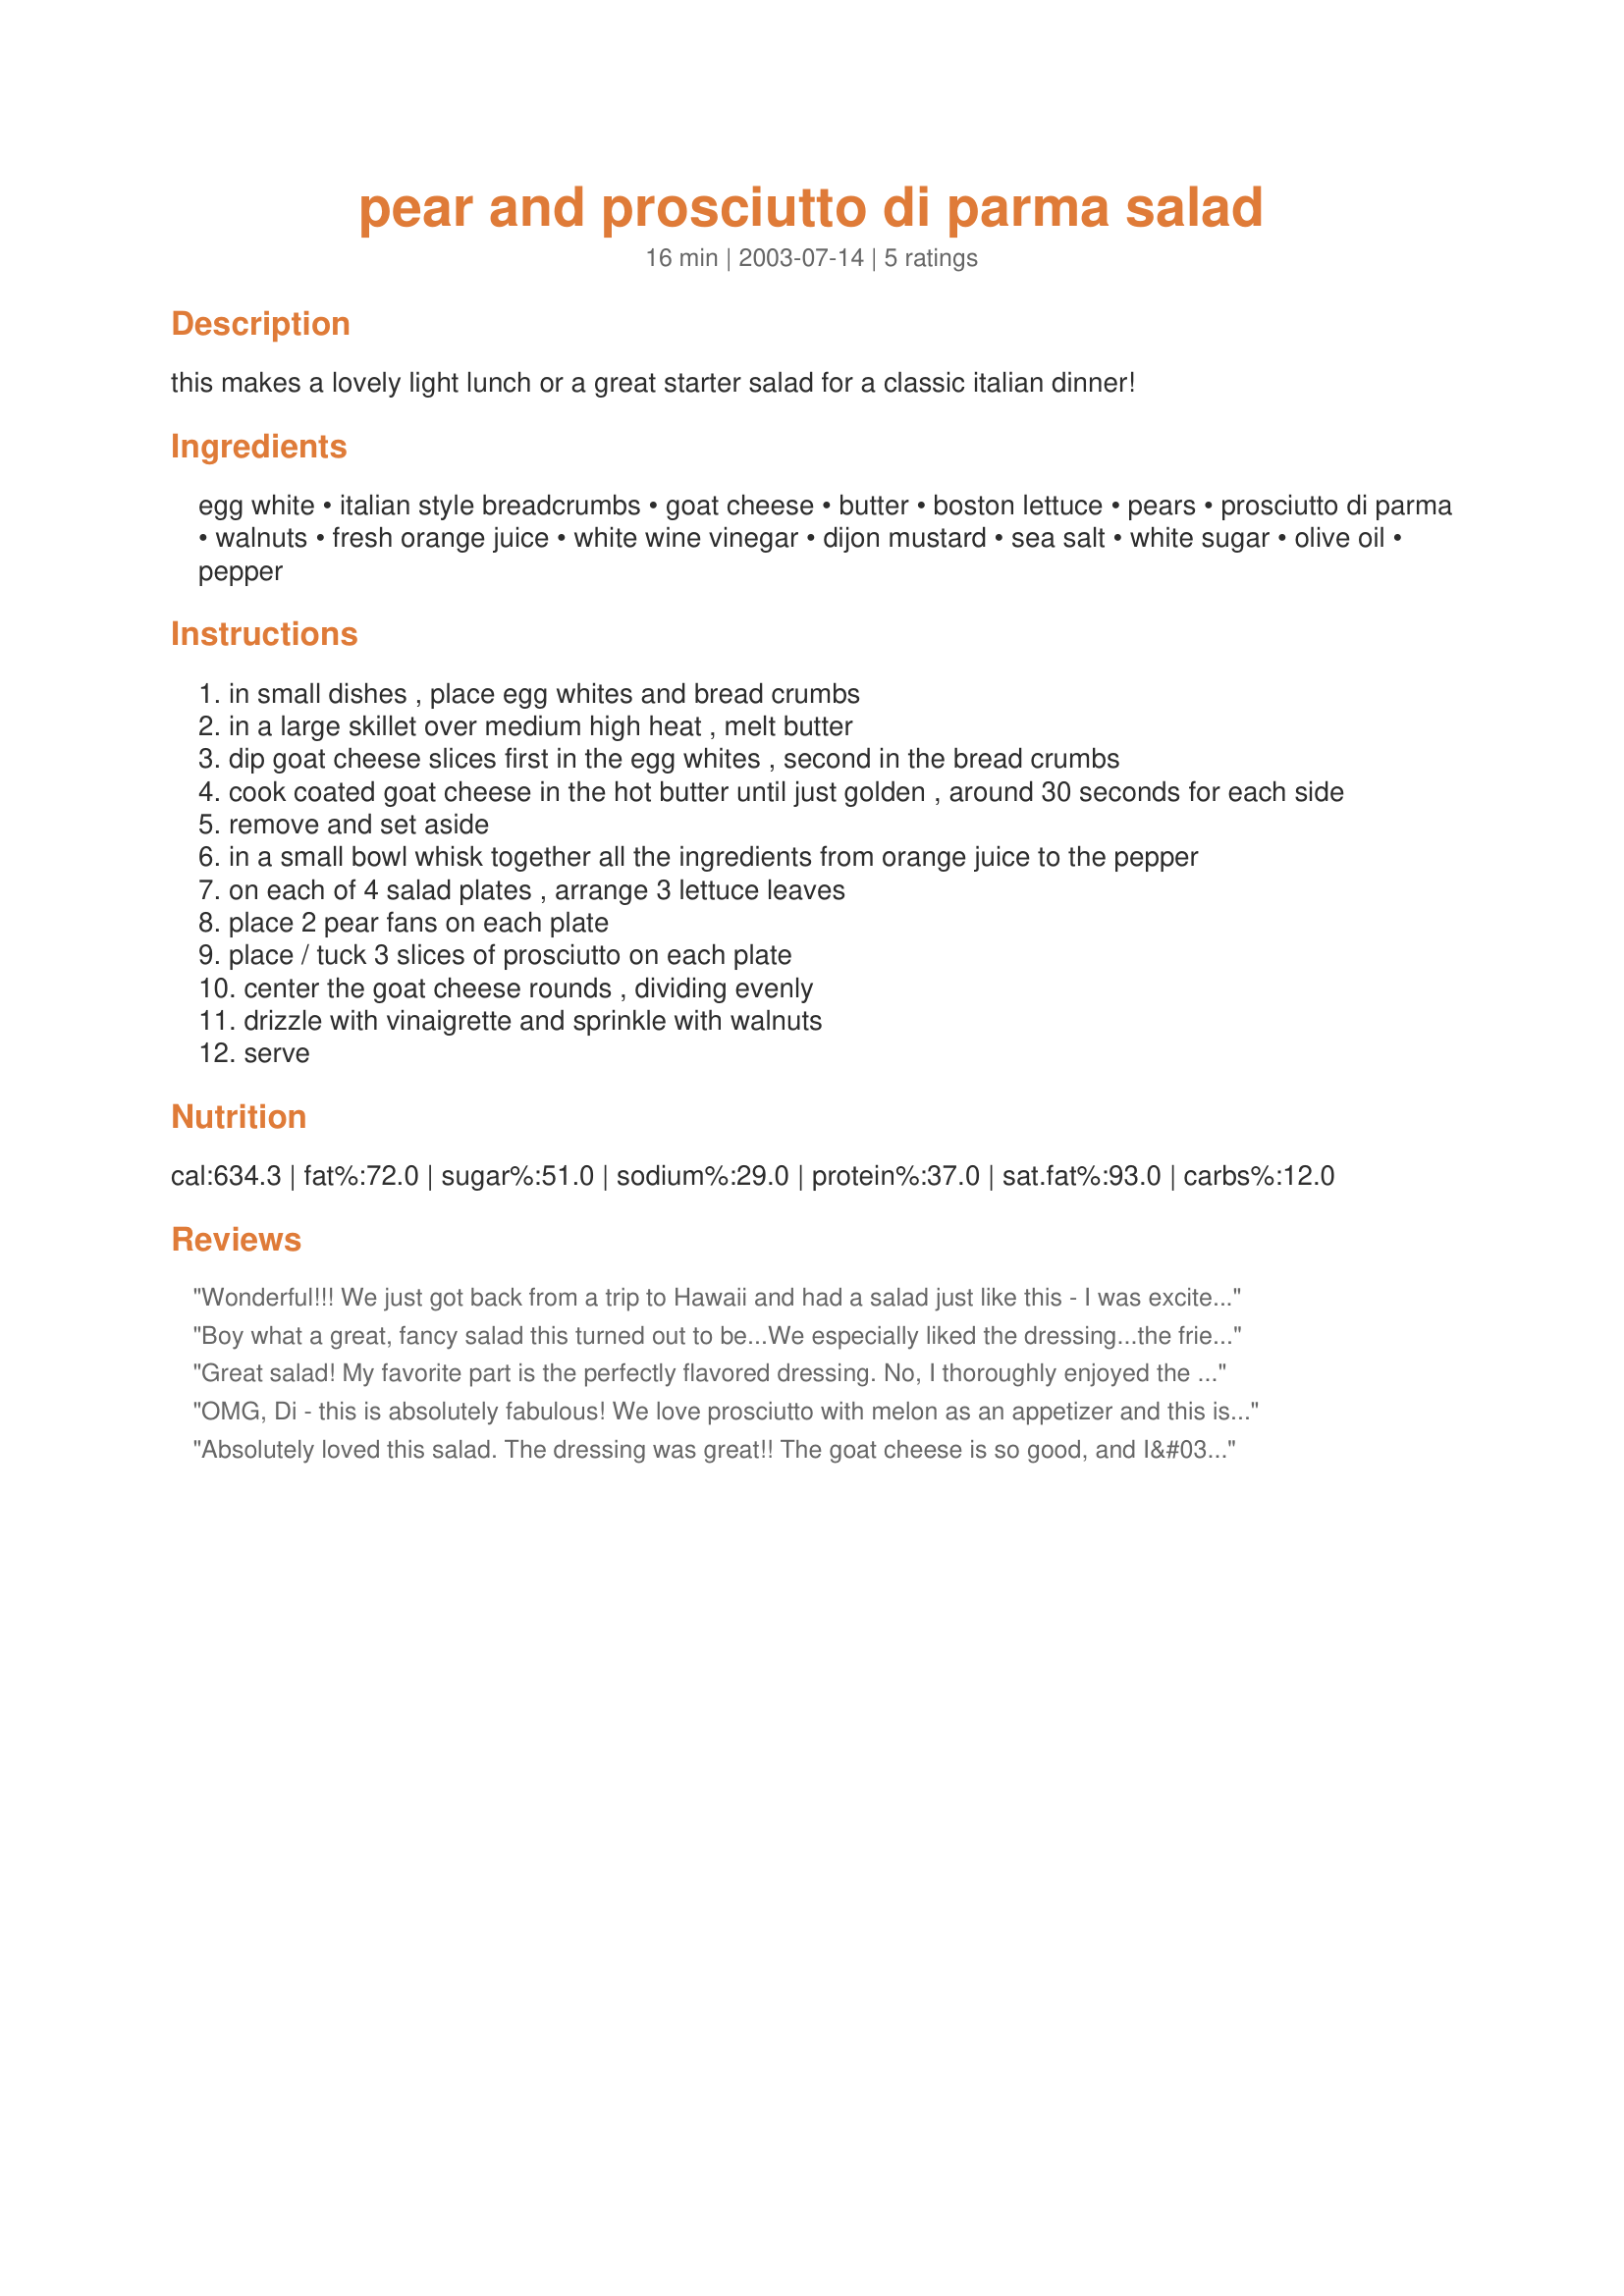
pear and prosciutto di parma salad
Preparation time: 16 minutes

this makes a lovely light lunch or a great starter salad for a classic italian dinner!

Ingredients:
egg white, italian style breadcrumbs, goat cheese, butter, boston lettuce, pears, prosciutto di parma, walnuts, fresh orange juice, white wine vinegar, dijon mustard, sea salt, white sugar, olive oil, pepper

Steps:
in small dishes , place egg whites and bread crumbs
in a large skillet over medium high heat , melt butter
dip goat cheese slices first in the egg whites , second in the bread crumbs
cook coated goat cheese in the hot butter until just golden , around 30 seconds for each side
remove and set aside
in a small bowl whisk together all the ingredients from orange juice to the pepper
on each of 4 salad plates , arrange 3 lettuce leaves
place 2 pear fans on each plate
place / tuck 3 slices of prosciutto on each plate
center the goat cheese rounds , dividing evenly
drizzle with vinaigrette and sprinkle with walnuts
serve

Reviews:
Wonderful!!! We just got back from a trip to Hawaii and had a salad just like this - I was excited to find this recipe and it was just as good as what we had. No butter lettuce, so I used a fancy Spring mix and topped it with pine nuts. This will be made often!! (Note - at the restaurant they cut the proscuitto in thin strips and rolled them and set them on the plates upright. It looked nice.)
Boy what a great, fancy salad this turned out to be...We especially liked the dressing...the fried goat cheese with the pears was so yummy...I will be making this again and again...
Great salad! My favorite part is the perfectly flavored dressing. No, I thoroughly enjoyed the sweet smoothness of the pears with the crunch of the lettuce. Oh, but those wonderful little morsels of crusty, seasoned goat cheese! The ham and the toasted walnuts-so addictive. I loved EVERY part of this beautifully presented salad and highly recommend it. Only change I made was to saute the goat cheese in olive oil rather than butter.
OMG, Di - this is absolutely fabulous! We love prosciutto with melon as an appetizer and this is even better. What a great salad to serve to guests - it looks very gourmet and the combination of the fried goat cheese,ripe pear and prosciutto is sublime.
Absolutely loved this salad. The dressing was great!! The goat cheese is so good, and I&#039;ll use that way of coating the goat cheese for other salads as well! I think the nuts are a must and add a lovely depth to the salad. Thanks Dib&#039;s! Made for Culinary Quest FP 2014!
